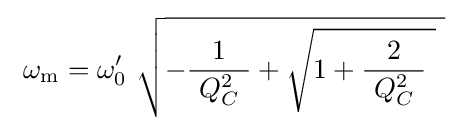
\ \omega _{\mathrm {m} }=\omega '_{0}\ {\sqrt {-{\frac {1}{\ Q_{C}^{2}\ }}+{\sqrt {1+{\frac {2}{\ Q_{C}^{2}\ }}\ }}\ }}\